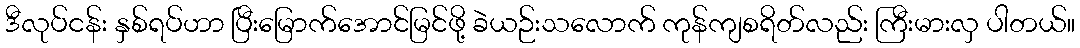
ဒီလုပ်ငန်း နှစ်ရပ်ဟာ ပြီးမြောက်အောင်မြင်ဖို့ ခဲယဉ်းသလောက် ကုန်ကျစရိတ်လည်း ကြီးမားလှ ပါတယ်။